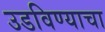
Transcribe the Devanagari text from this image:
उडविण्याचा